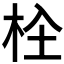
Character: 𣐍